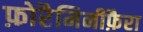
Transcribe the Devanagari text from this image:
फ़ोरैमिनीफ़ैरा